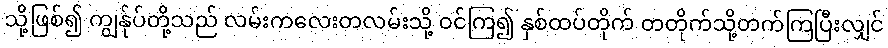
သို့ဖြစ်၍ ကျွန်ုပ်တို့သည် လမ်းကလေးတလမ်းသို့ ဝင်ကြ၍ နှစ်ထပ်တိုက် တတိုက်သို့တက်ကြပြီးလျှင်